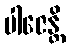
ပါဇေန္တိ